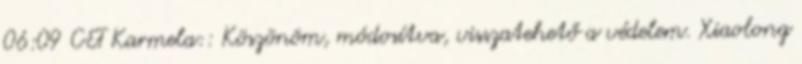
06:09 CET Karmela:: Köszönöm, módosítva, visszatehető a védelem. Xiaolong